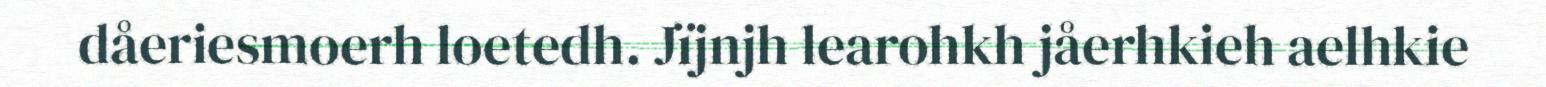
dåeriesmoerh loetedh. Jïjnjh learohkh jåerhkieh aelhkie